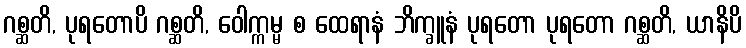
ဂစ္ဆတိ, ပုရတောပိ ဂစ္ဆတိ, ဝေါက္ကမ္မ စ ထေရာနံ ဘိက္ခူနံ ပုရတော ပုရတော ဂစ္ဆတိ, ယာနိပိ